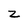
Character: z